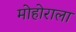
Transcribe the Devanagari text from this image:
मोहोराला